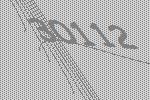
30112